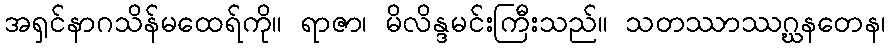
အရှင်နာဂသိန်မထေရ်ကို။ ရာဇာ၊ မိလိန္ဒမင်းကြီးသည်။ သတဿာဿဂ္ဃနတေန၊